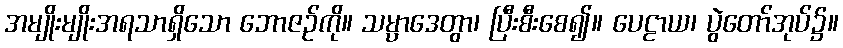
အမျိုးမျိုးအရသာရှိသော ဘောဇဉ်ကို။ သမ္ပာဒေတွာ၊ ပြီးစီးစေ၍။ ပေဠာယ၊ ပွဲတော်အုပ်၌။